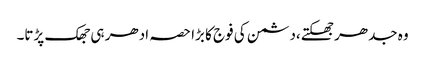
وہ جدھر جھکتے،دشمن کی فوج کا بڑا حصہ ادھر ہی جھک پڑتا۔